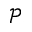
\mathcal { P }